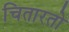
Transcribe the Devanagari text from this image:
चितारतो